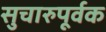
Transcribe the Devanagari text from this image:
सुचारुपूर्वक